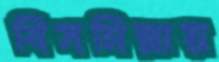
বিসমিল্লায়